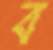
ব